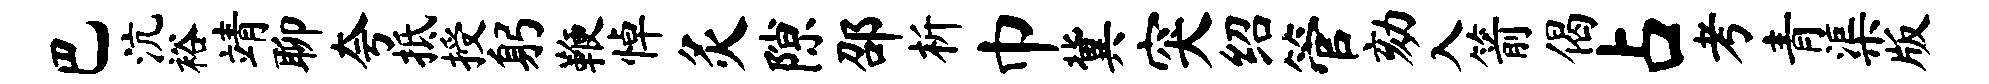
巴沆裕靖聊夸抵授躬鞭悼灸隙邵析巾冀突绍管劾入箭偈占考青渠版